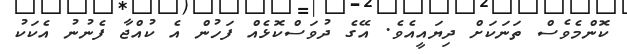
ކޮންމެވެސް ތަނަކަށް ދިޔައީއެވެ. އޭގެ ދުވަސްކޮޅެއް ފަހުން އެ ކުއްޖާ ފެނުނު އެކަކު